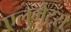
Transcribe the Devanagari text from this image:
एलुमेट्स